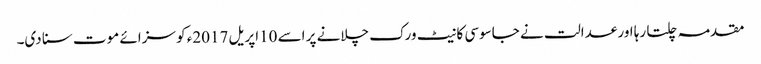
مقدمہ چلتا رہا اور عدالت نے جاسوسی کا نیٹ ورک چلانے پر اسے 10اپریل 2017ء کو سزائے موت سنا دی۔